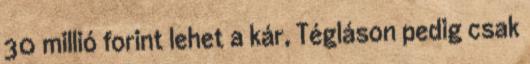
30 millió forint lehet a kár, Tégláson pedig csak